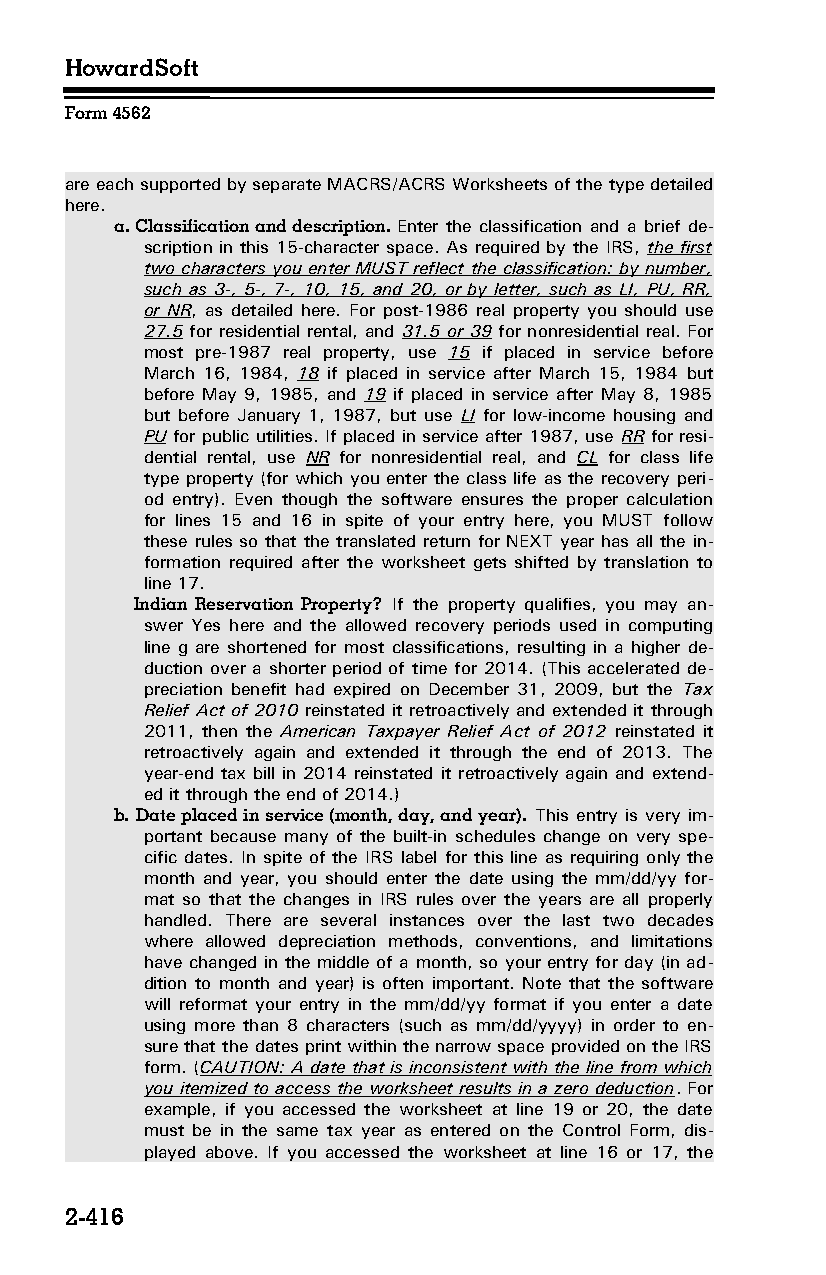
HowardSoft
 Form 4562
 are each supported by separate MACRS/ACRS Worksheets of the type detailed
 here.
 a. Classification and description. Enter the classification and a brief de­
 scription in this 15-character space. As required by the IRS, the first
 two characters you enter MUST reflect the classification: by number,
 such as 3-, 5-, 7-, 10, 15, and 20, or by letter, such as LI, PU, RR,
 or NR, as detailed here. For post-1986 real property you should use
 27.5 for residential rental, and 31.5 or 39 for nonresidential real. For
 most pre-1987 real property, use 15 if placed in service before
 March 16, 1984, 18 if placed in service after March 15, 1984 but
 before May 9, 1985, and 19 if placed in service after May 8, 1985
 but before January 1, 1987, but use LI for low-income housing and
 PU for public utilities. If placed in service after 1987, use RR for resi­
 dential rental, use NR for nonresidential real, and CL for class life
 type property (for which you enter the class life as the recovery peri­
 od entry). Even though the software ensures the proper calculation
 for lines 15 and 16 in spite of your entry here, you MUST follow
 these rules so that the translated return for NEXT year has all the in­
 formation required after the worksheet gets shifted by translation to
 line 17.
 Indian Reservation Property? If the property qualifies, you may an­
 swer Yes here and the allowed recovery periods used in computing
 line g are shortened for most classifications, resulting in a higher de­
 duction over a shorter period of time for 2014. (This accelerated de­
 preciation benefit had expired on December 31, 2009, but the Tax
 Relief Act of 2010 reinstated it retroactively and extended it through
 2011, then the American Taxpayer Relief Act of 2012 reinstated it
 retroactively again and extended it through the end of 2013. The
 year-end tax bill in 2014 reinstated it retroactively again and extend­
 ed it through the end of 2014.)
 b. Date placed in service (month, day, and year). This entry is very im­
 portant because many of the built-in schedules change on very spe­
 cific dates. In spite of the IRS label for this line as requiring only the
 month and year, you should enter the date using the mm/dd/yy for­
 mat so that the changes in IRS rules over the years are all properly
 handled. There are several instances over the last two decades
 where allowed depreciation methods, conventions, and limitations
 have changed in the middle of a month, so your entry for day (in ad­
 dition to month and year) is often important. Note that the software
 will reformat your entry in the mm/dd/yy format if you enter a date
 using more than 8 characters (such as mm/dd/yyyy) in order to en­
 sure that the dates print within the narrow space provided on the IRS
 form. (CAUTION: A date that is inconsistent with the line from which
 you itemized to access the worksheet results in a zero deduction. For
 example, if you accessed the worksheet at line 19 or 20, the date
 must be in the same tax year as entered on the Control Form, dis­
 played above. If you accessed the worksheet at line 16 or 17, the
 2-416